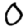
Digit: 0